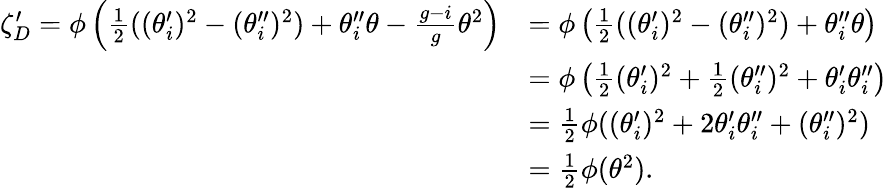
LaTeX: \begin{array}{rl}{\zeta_{D}^{\prime}=\phi\left(\frac{1}{2}((\theta_{i}^{\prime})^{2}-(\theta_{i}^{\prime\prime})^{2})+\theta_{i}^{\prime\prime}\theta-\frac{g-i}{g}\theta^{2}\right)}&{=\phi\left(\frac{1}{2}((\theta_{i}^{\prime})^{2}-(\theta_{i}^{\prime\prime})^{2})+\theta_{i}^{\prime\prime}\theta\right)}\\ &{=\phi\left(\frac{1}{2}(\theta_{i}^{\prime})^{2}+\frac{1}{2}(\theta_{i}^{\prime\prime})^{2}+\theta_{i}^{\prime}\theta_{i}^{\prime\prime}\right)}\\ &{=\frac{1}{2}\phi((\theta_{i}^{\prime})^{2}+2\theta_{i}^{\prime}\theta_{i}^{\prime\prime}+(\theta_{i}^{\prime\prime})^{2})}\\ &{=\frac{1}{2}\phi(\theta^{2}).}\end{array}